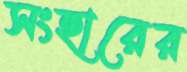
সংহারের